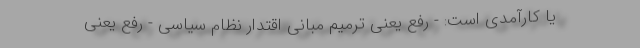
یا کارآمدی است: - رفع یعنی ترمیم مبانی اقتدار نظام سیاسی - رفع یعنی